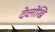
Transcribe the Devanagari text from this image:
देव्लोखि